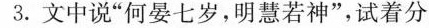
3.文中说”何晏七岁，明慧若神”，试着分